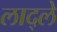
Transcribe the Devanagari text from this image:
लाद्ले